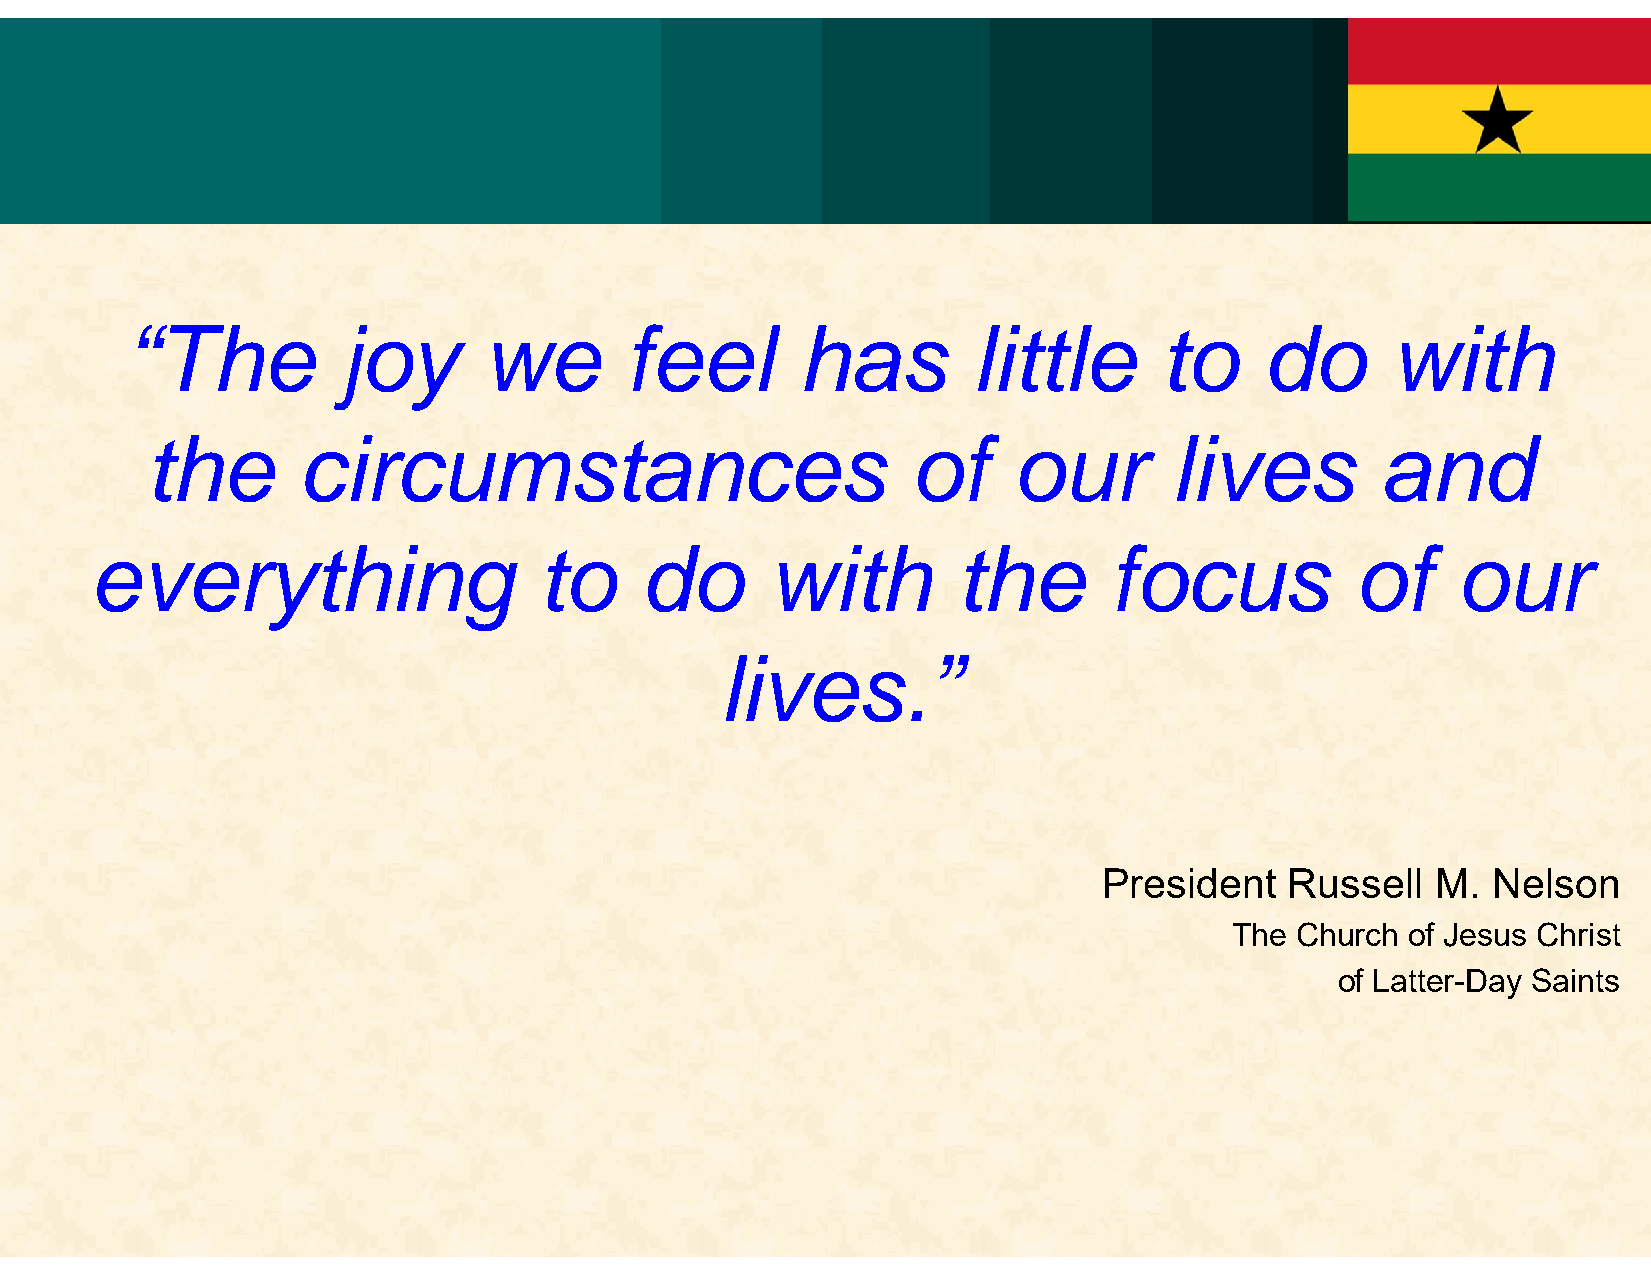
“The          joy       we       feel        has        little       to     do      with
 the       circumstances                           of     our       lives         and
 everything                    to    do       with        the       focus            of    our
 lives.”
 President   Russell   M.  Nelson
 The Church of Jesus Christ
 of Latter-Day Saints